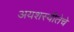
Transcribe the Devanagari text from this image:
अयशस्वीतेचे